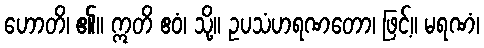
ဟောတိ၊ ၏။ ဣတိ ဧဝံ၊ သို့။ ဥပသံဟရဏတော၊ ဖြင့်။ မရဏံ၊